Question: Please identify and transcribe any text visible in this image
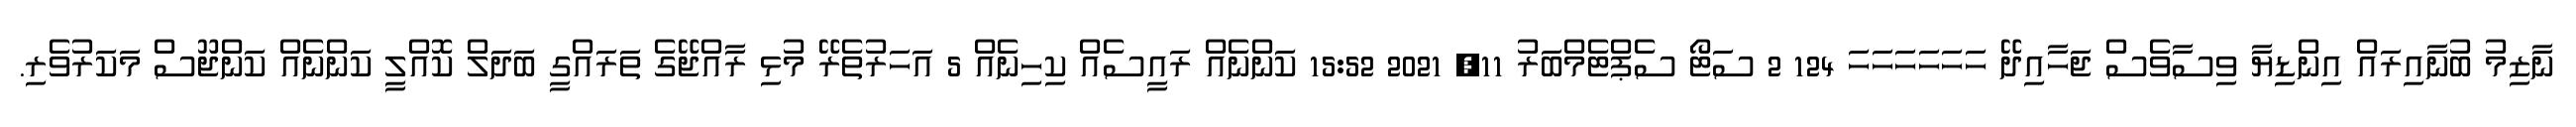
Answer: ނާޒިމު ބުނާއިރައް އިންޑިޔާ ވިސާވެސް ޖަހާއިދޭ ހަހަހަހަހަހަ 124 2 ސަޓޯ ސެޕްޓެމްބަރު 11, 2021 15:52 ކަންނެއް ރައީސެއް ކިހިނެއް 5 އަހަރުތެރޭ މުޅި ރާއްޖޭގެ ތަރައްގީ ބަދަލް ކޮއްލީ ކަންނެއް ކަންޖޫސް މަކަރުވެރި.